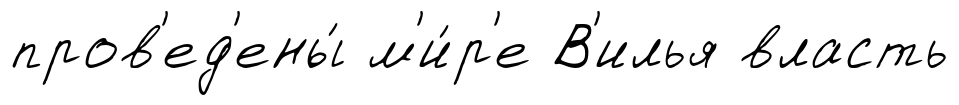
пров'ед'ены́ м'и́р'е В'илья власть